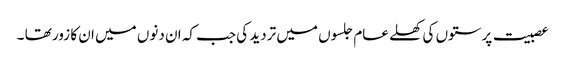
عصبیت پرستوں کی کھلے عام جلسوں میں تردید کی جب کہ ان دنوں میں ان کا زور تھا ۔